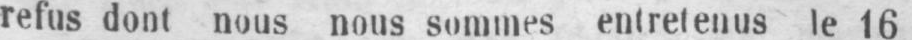
refus dont nous nous sommes entretenus le 16